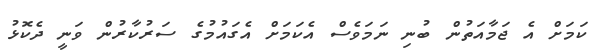
ކަމަށް އެ ޖަމާއަތުން ބުނި ނަމަވެސް އެކަމަށް އެގައުމުގެ ސަރުކާރުން ވަނީ ދެކޮޅު